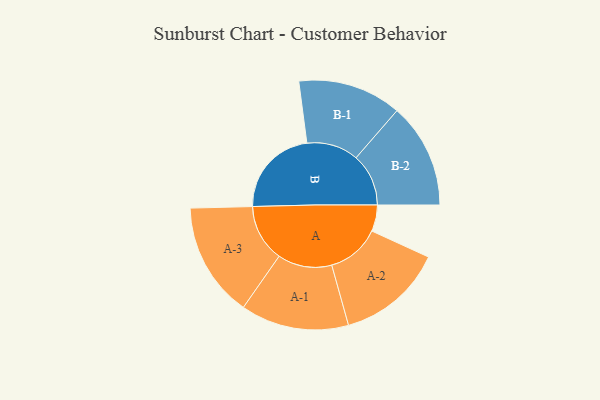
{"axis": {"x": "Segment", "y": "Value"}, "legend": ["", "A", "B"], "data": [{"x": "A", "y": 129, "type": ""}, {"x": "B", "y": 440, "type": ""}, {"x": "A-1", "y": 265, "type": "A"}, {"x": "A-2", "y": 261, "type": "A"}, {"x": "A-3", "y": 281, "type": "A"}, {"x": "B-1", "y": 254, "type": "B"}, {"x": "B-2", "y": 257, "type": "B"}]}